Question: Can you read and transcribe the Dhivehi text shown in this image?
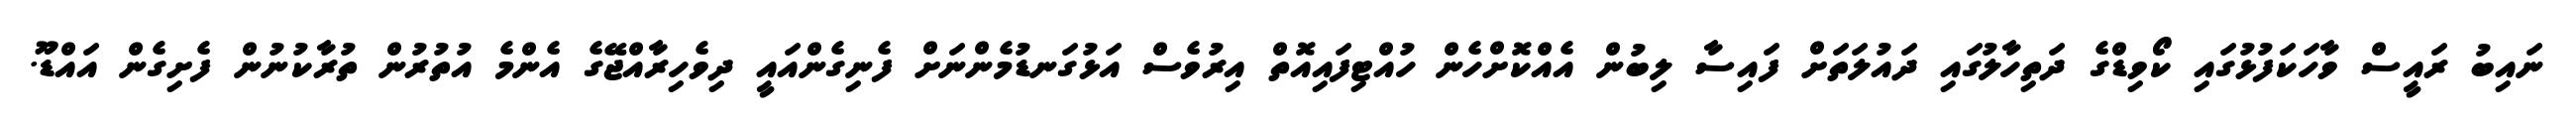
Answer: ނައިބު ރައީސް ވާހަކަފުޅުގައި ކޯވިޑްގެ ދަތިހާލުގައި ދައުލަތަށް ފައިސާ ލިބުން އެއްކޮށްހެން ހުއްޓިފައިއޮތް އިރުވެސް އަޅުގަނޑުމެންނަށް ފެނިގެންއައީ ދިވެހިރާއްޖޭގެ އެންމެ އުތުރުން ތުރާކުނުން ފެށިގެން އައްޑޫ.